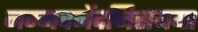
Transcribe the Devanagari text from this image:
नम्मवनेंदनिसयया